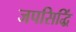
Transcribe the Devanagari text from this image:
जपसिद्धिं